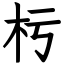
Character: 杇